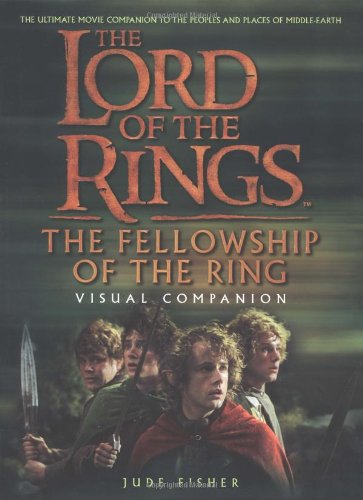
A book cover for The Fellowship of the Ring Visual Companion (The Lord of the Rings); Jude Fisher; Humor & Entertainment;